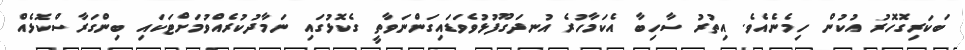
ބަކަރިގޮހޮރު އުކުން ހިމެނެއެވެ. އިތުރު ސާހިބާ އެކަމާހުރެ އުނދަގޫފުޅުވެވަޑައިގަންނަވާތީ ގެކޮޅުގައި ނަމާދުކުރެއްވުމަށްޓަކައި ބިންގަރާސްކޮޅެއް